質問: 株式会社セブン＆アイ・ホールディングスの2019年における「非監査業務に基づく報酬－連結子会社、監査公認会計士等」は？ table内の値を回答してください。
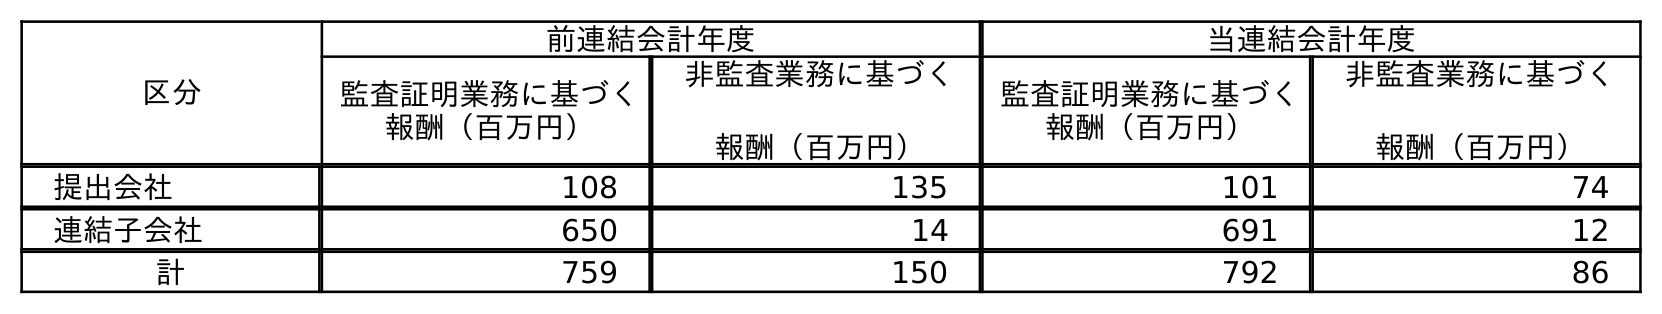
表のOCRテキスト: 区分 前連結会計年度 当連結会計年度 監査証明業務に基づく 報酬（百万円） 非監査業務に基づく 報酬（百万円） 監査証明業務に基づく 報酬（百万円） 非監査業務に基づく 報酬（百万円） 提出会社 108 135 101 74 連結子会社 650 14 691 12 計 759 150 792 86
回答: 14